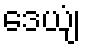
ဒေယျံ